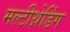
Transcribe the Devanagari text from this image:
मल्टीथ्रेडिंग